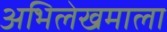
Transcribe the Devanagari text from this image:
अभिलेखमाला